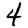
Digit: 4